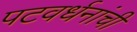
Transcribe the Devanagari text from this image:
पटवर्धनांची